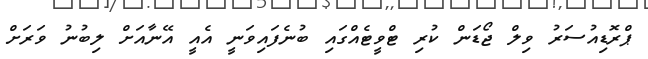
ޕްރޮޑިއުސަރު ވިލް ޖޯޑަން ކުރި ޓްވީޓެއްގައި ބުނެފައިވަނީ އެއީ އޭނާއަށް ލިބުނު ވަރަށް